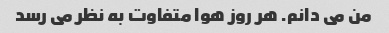
من می دانم. هر روز هوا متفاوت به نظر می رسد